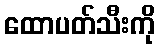
ထောပတ်သီးကို